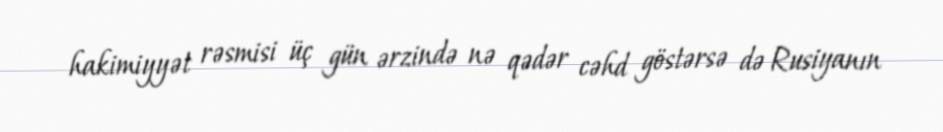
hakimiyyət rəsmisi üç gün ərzində nə qədər cəhd göstərsə də Rusiyanın